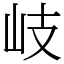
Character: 岐